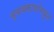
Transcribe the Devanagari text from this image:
व्यवसायांमधून